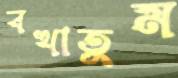
বখাতুম